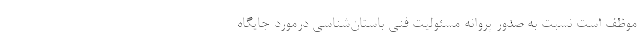
موظف است نسبت به صدور پروانه مسئولیت فنی باستان‌شناسی درمورد جایگاه